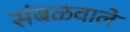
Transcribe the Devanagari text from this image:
संबळवाले